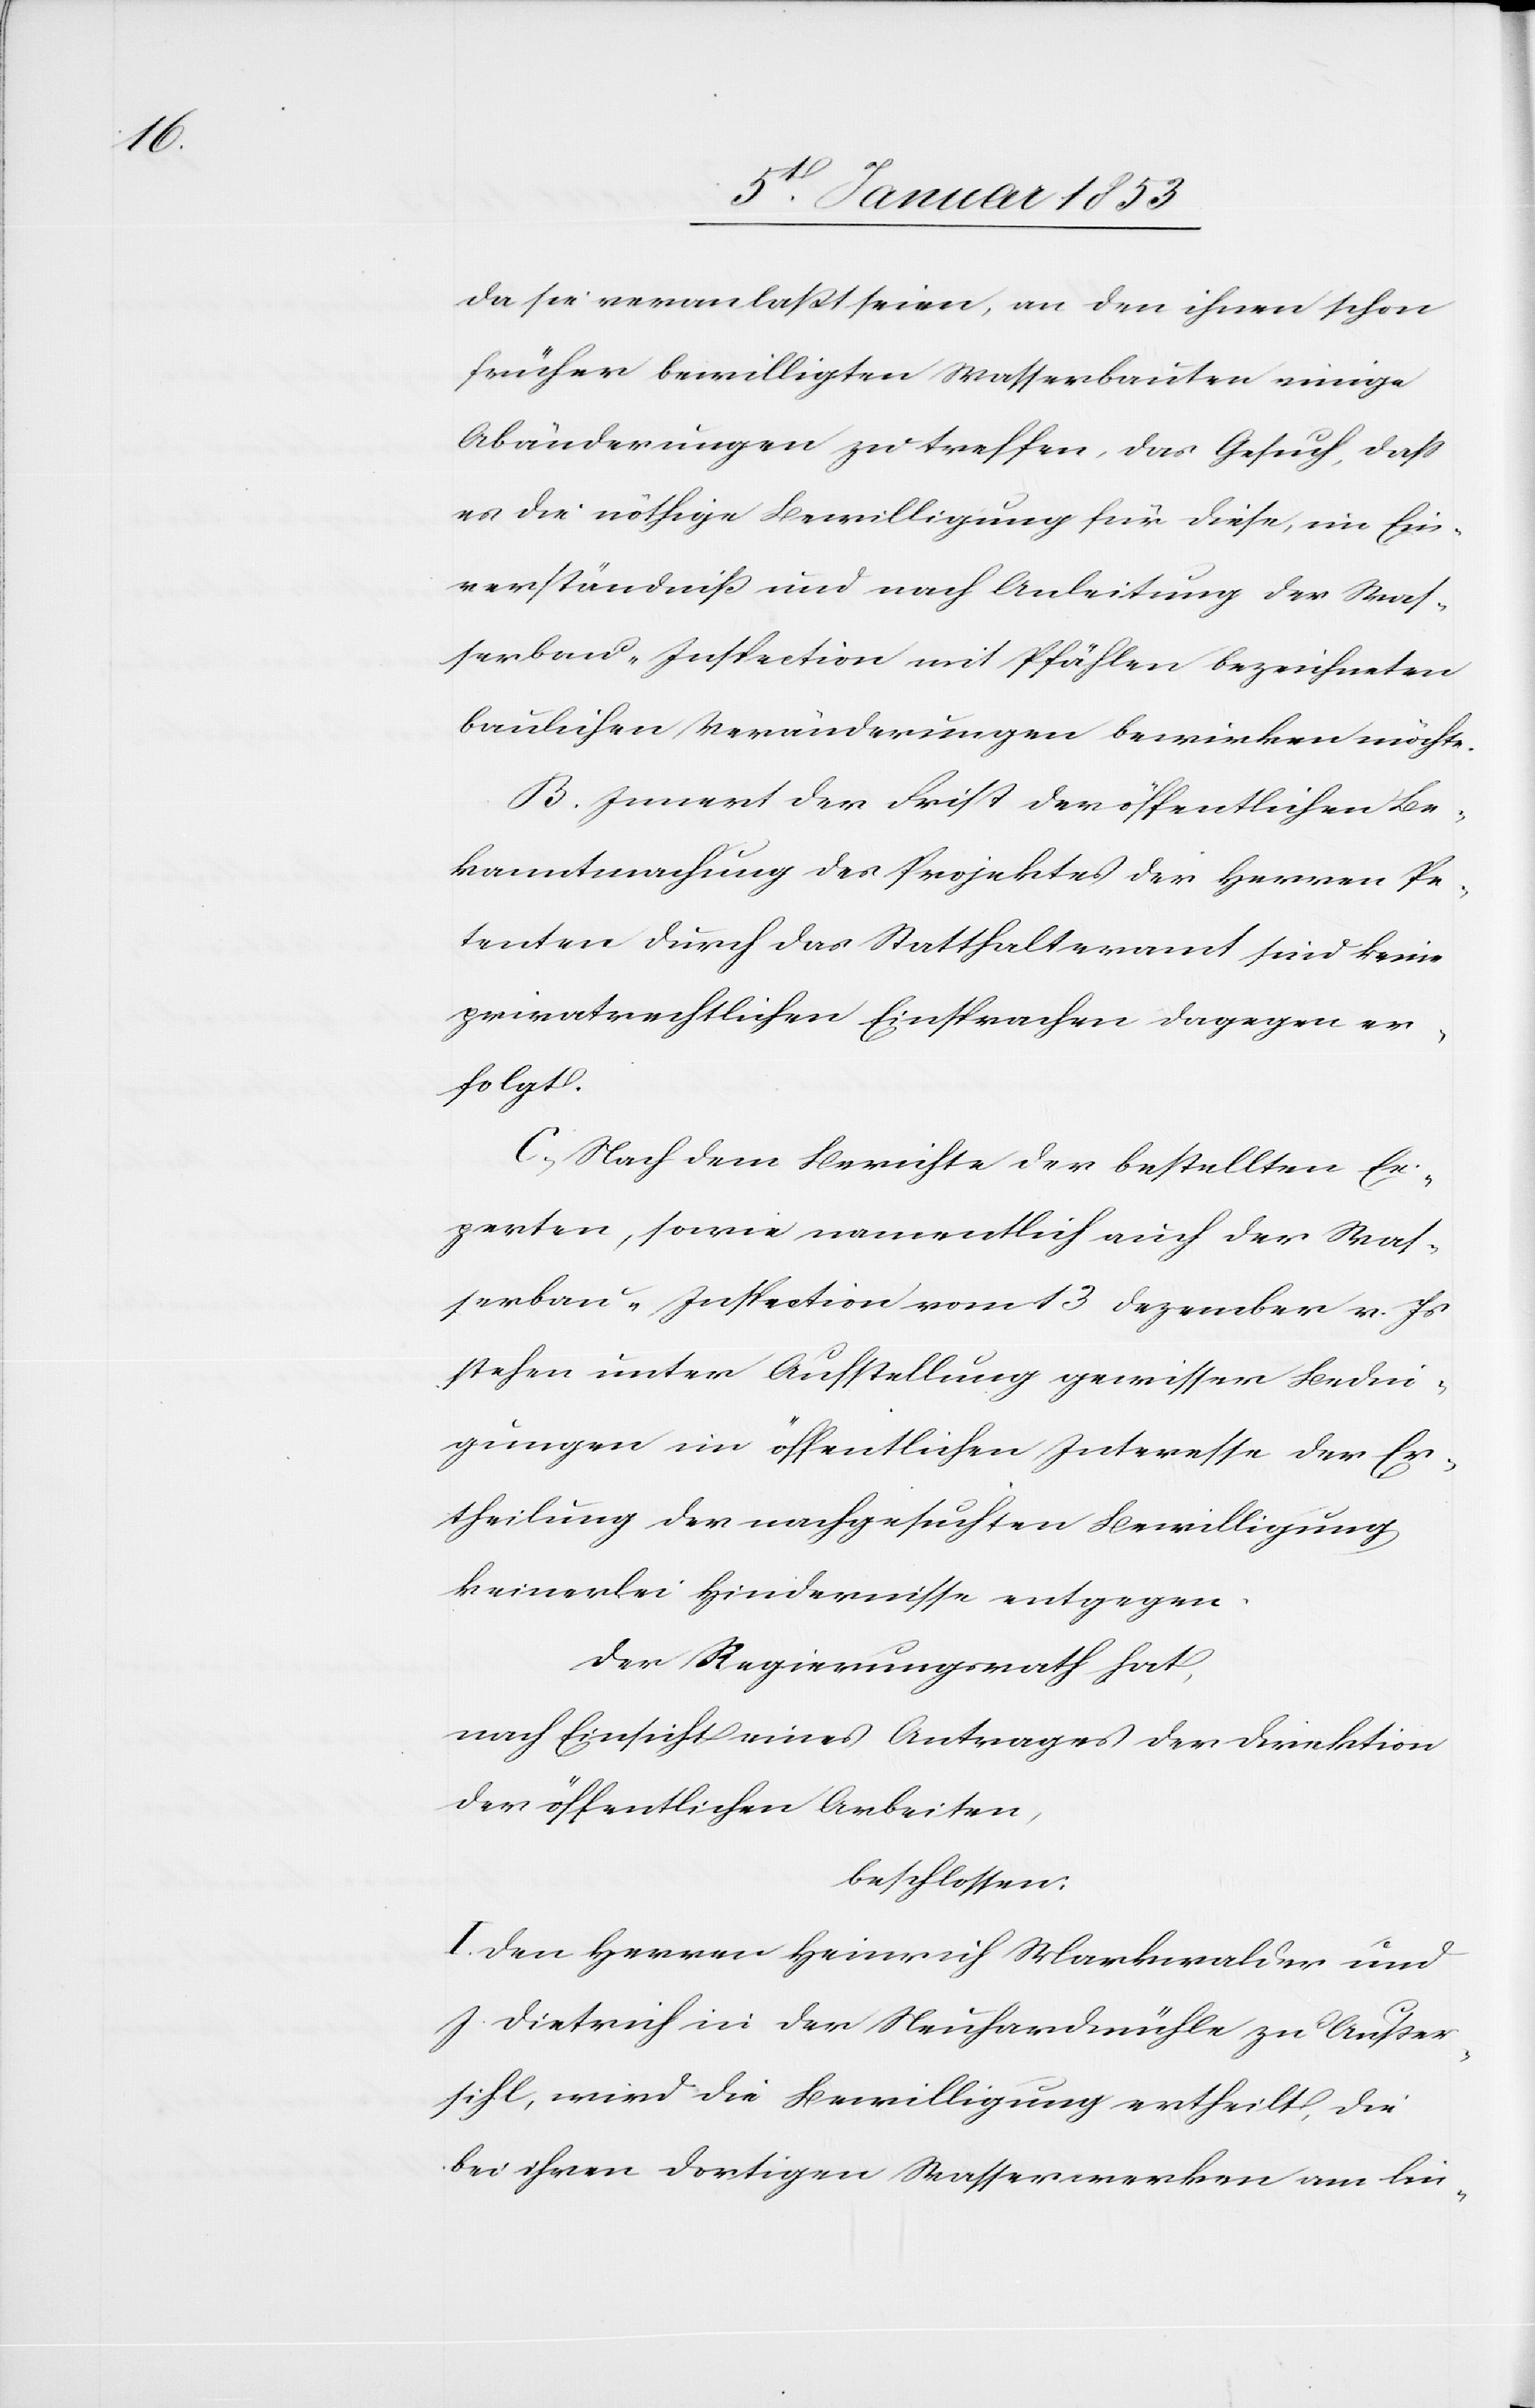
da sie veranlasst seien, an den ihren schon
früher bewilligten Wasserbauten einige
Abänderungen zu treffen, das Gesuch, daß
er die nöthige Bewilligung für diese, im Ein¬
verständniß und nach Anleitung der Stras¬
senbau-Inspektion mit Pfählen bezeichneten
baulichen Veränderungen bewirken möchte.
B. Innert der Frist der öffentlichen Be¬
kanntmachung des Projektes der Herren Pe¬
tenten durch das Statthalteramt sind keine
privatrechtlichen Einsprachen dagegen er¬
folgt.
C. Nach dem Berichte der bestellten Ex¬
perten, sowie namentlich auch der Stras¬
senbau-Inspektion vom 3 Dezember v. Js.
stehen unter Aufstellung gewisser Bedin¬
gungen im öffentlichen Interesse der Er¬
theilung der nachgesuchten Bewilligung
keinerlei Hindernisse entgegen.
der Regierungsrath hat,
nach Einsicht eines Antrages der Direktion
den öffentlichen Arbeiten,
beschlossen:
I. Den Herren Heinrich Markwalder und
J. Dietrich in der Neuhardmühle zu Außer¬
sihl, und wird die Bewilligung ertheilt, die
bei ihren dortigen Wasserwerken am lin-